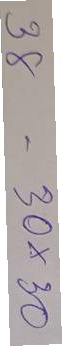
38 = 30x30